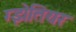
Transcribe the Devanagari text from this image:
ग्झेतियर